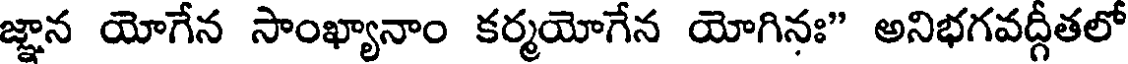
జ్ఞాన యోగేన సాంఖ్యానాం కర్మయోగేన యోగినః" అనిభగవద్గీతలో